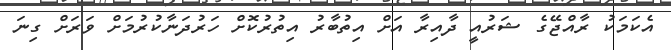
އެކަމަކު ރާއްޖޭގެ ޝަރުއީ ދާއިރާ އަށް އިތުބާރު އިތުރުކޮށް ހަރުދަނާކުރުމަށް ވަރަށް ގިނަ